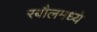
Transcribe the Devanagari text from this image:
रबौलमध्ये